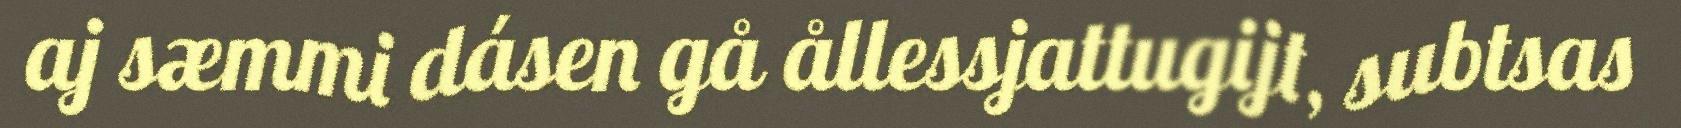
aj sæmmi dásen gå ållessjattugijt, subtsas